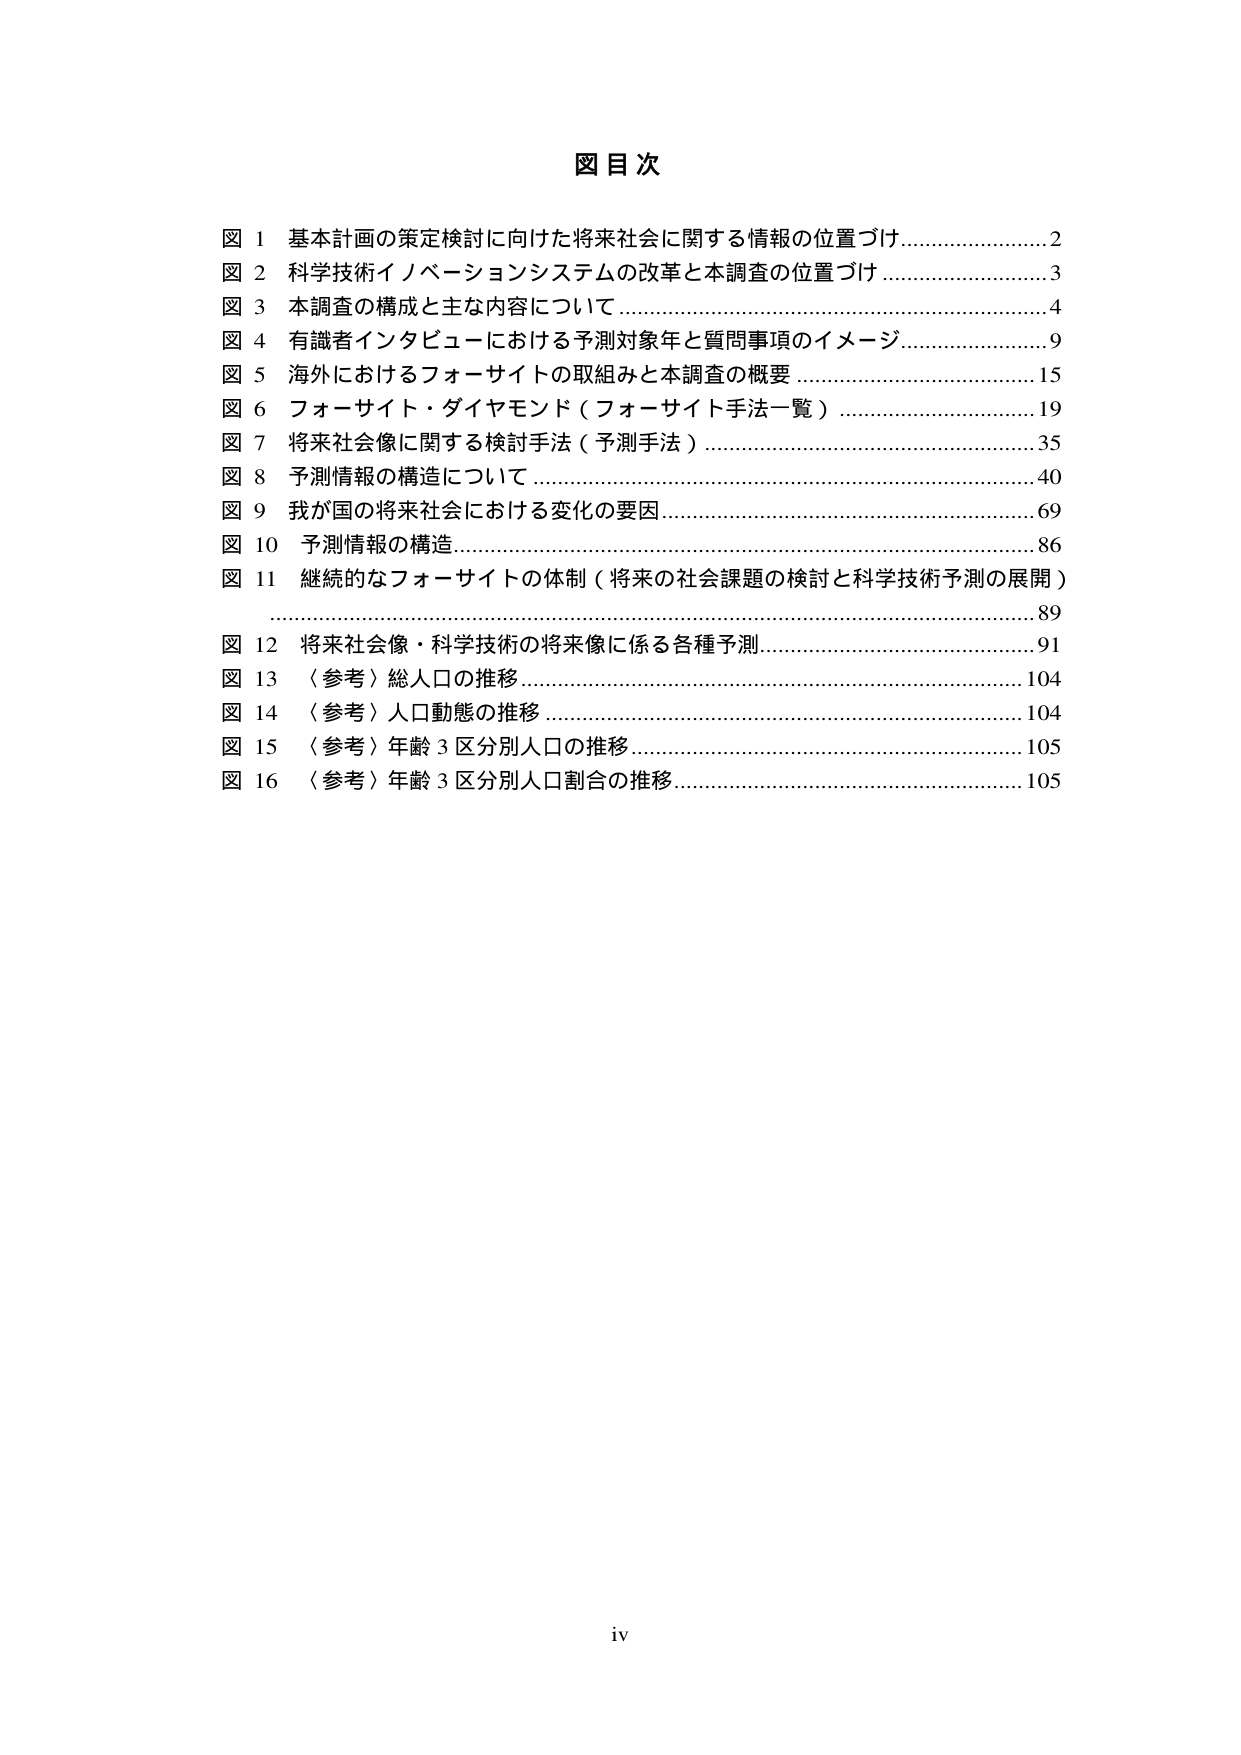
図目次

図 1 基本計画の策定検討に向けた将来社会に関する情報の位置づけ……………………2
図 2 科学技術イノベーションシステムの改革と本調査の位置づけ……………………3
図 3 本調査の構成と主な内容について…………………………………………………4
図 4 有識者インタビューにおける予測対象年と質問事項のイメージ……………………9
図 5 海外におけるフォーサイトの取組みと本調査の概要………………………………15
図 6 フォーサイト・ダイヤモンド（フォーサイト手法一覧）…………………………19
図 7 将来社会像に関する検討手法（予測手法）………………………………………35
図 8 予測情報の構造について……………………………………………………………40
図 9 我が国の将来社会における変化の要因……………………………………………69
図 10 予測情報の構造……………………………………………………………………86
図 11 継続的なフォーサイトの体制（将来の社会課題の検討と科学技術予測の展開）
…………………………………………………………………………………………89
図 12 将来社会像・科学技術の将来像に係る各種予測…………………………………91
図 13 〈参考〉総人口の推移……………………………………………………………104
図 14 〈参考〉人口動態の推移…………………………………………………………104
図 15 〈参考〉年齢3区分別人口の推移………………………………………………105
図 16 〈参考〉年齢3区分別人口割合の推移…………………………………………105

iv